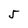
Character: 5